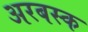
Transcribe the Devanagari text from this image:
अरबस्क